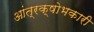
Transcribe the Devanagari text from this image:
आंत्रक्षोभकारी